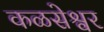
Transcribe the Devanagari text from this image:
कळसेश्वर